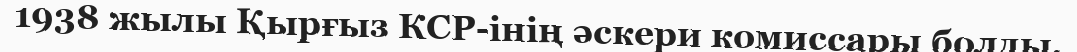
1938 жылы Қырғыз КСР-інің әскери комиссары болды.